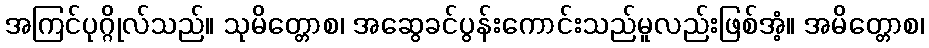
အကြင်ပုဂ္ဂိုလ်သည်။ သုမိတ္တောစ၊ အဆွေခင်ပွန်းကောင်းသည်မူလည်းဖြစ်အံ့။ အမိတ္တောစ၊